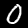
Digit: 0